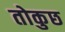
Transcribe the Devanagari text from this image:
तोकुछ